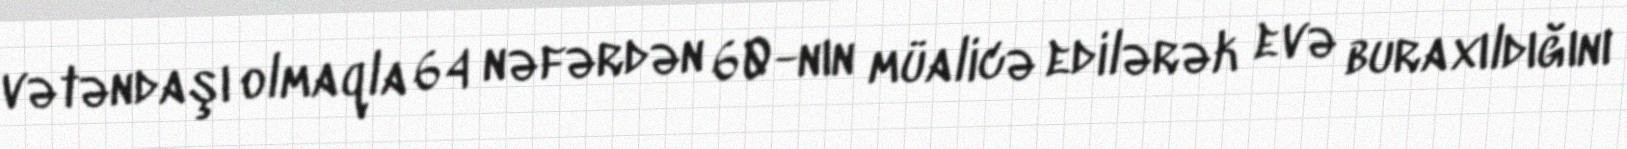
vətəndaşı olmaqla 64 nəfərdən 60-nın müalicə edilərək evə buraxıldığını